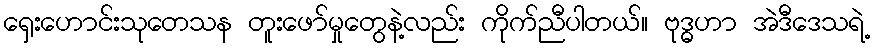
ရှေးဟောင်းသုတေသန တူးဖော်မှုတွေနဲ့လည်း ကိုက်ညီပါတယ်။ ဗုဒ္ဓဟာ အဲဒီဒေသရဲ့